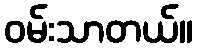
ဝမ်းသာတယ်။